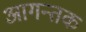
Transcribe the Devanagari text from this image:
आगन्तक